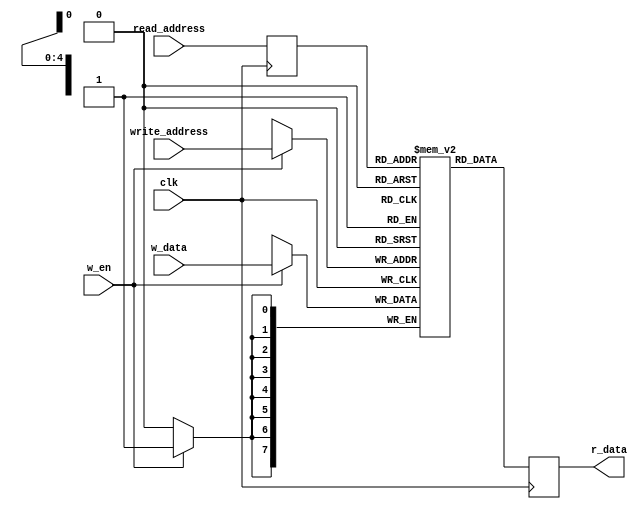
`timescale 1ns / 1ps
//////////////////////////////////////////////////////////////////////////////////
// Company: 
// Engineer: 
// 
// Design Name: 
// Module Name:    ram 
// Project Name: 
// Target Devices: 
// Tool versions: 
// Description: 
//
// Dependencies: 
//
// Revision: 
// Revision 0.01 - File Created
// Additional Comments: 
//
//////////////////////////////////////////////////////////////////////////////////
module RAM( clk, w_en, write_address, w_data, read_address, r_data); 
  
  input clk; 
  input w_en; 
  input [4:0] write_address;  // location = 0~31 <=32 
  input [7:0] w_data;        // max distance < 512
  input [4:0] read_address;   

  output[7:0] r_data; 
  reg   [7:0] r_data;

  reg [4:0]  read_address_reg;   
  reg [7:0]  mem [31:0];
   
  always @ (posedge clk) begin     
    if (w_en) begin        
      mem[write_address] <= w_data;
    end	 
  end 
   
  always @ (posedge clk) begin      
    r_data <= mem[read_address_reg];      
    read_address_reg <= read_address;   
  end 

endmodule